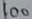
Text: 100